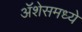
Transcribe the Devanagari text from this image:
ॲशेसमध्ये